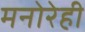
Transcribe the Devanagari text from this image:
मनोरेही